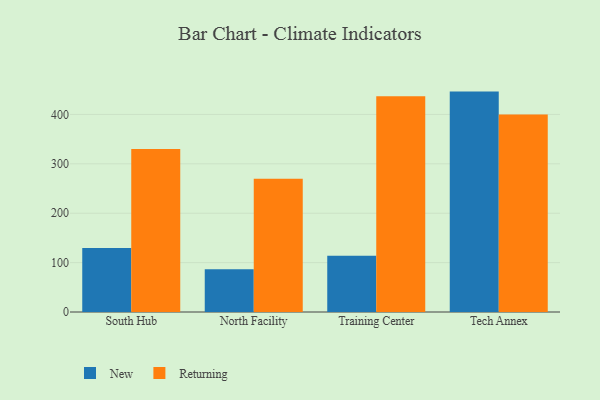
{"axis": {"x": "Campus", "y": "Conversion Rate (%)"}, "legend": ["New", "Returning"], "data": [{"x": "South Hub", "y": 129.8, "type": "New"}, {"x": "South Hub", "y": 329.9, "type": "Returning"}, {"x": "North Facility", "y": 86.3, "type": "New"}, {"x": "North Facility", "y": 269.6, "type": "Returning"}, {"x": "Training Center", "y": 113.8, "type": "New"}, {"x": "Training Center", "y": 436.7, "type": "Returning"}, {"x": "Tech Annex", "y": 446.2, "type": "New"}, {"x": "Tech Annex", "y": 399.7, "type": "Returning"}]}